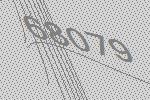
68079